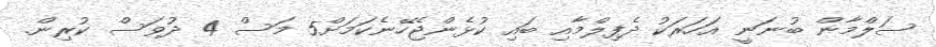
ސަލްމާން ބުނަނީ އަހަރަކު ދެފިލްމާއި ބައި ކުޅެންޖެހޭނެކަމަށް5 މަސް 4 ދުވަސް ކުރިން.